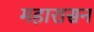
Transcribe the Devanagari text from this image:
महारासन